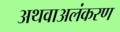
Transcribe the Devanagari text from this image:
अथवाअलंकरण